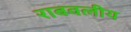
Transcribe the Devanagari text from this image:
राबवलीय